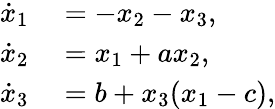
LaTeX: \begin{array}{rl}{\dot{x}_{1}}&{{}=-x_{2}-x_{3},}\\ {\dot{x}_{2}}&{{}=x_{1}+ax_{2},}\\ {\dot{x}_{3}}&{{}=b+x_{3}(x_{1}-c),}\end{array}